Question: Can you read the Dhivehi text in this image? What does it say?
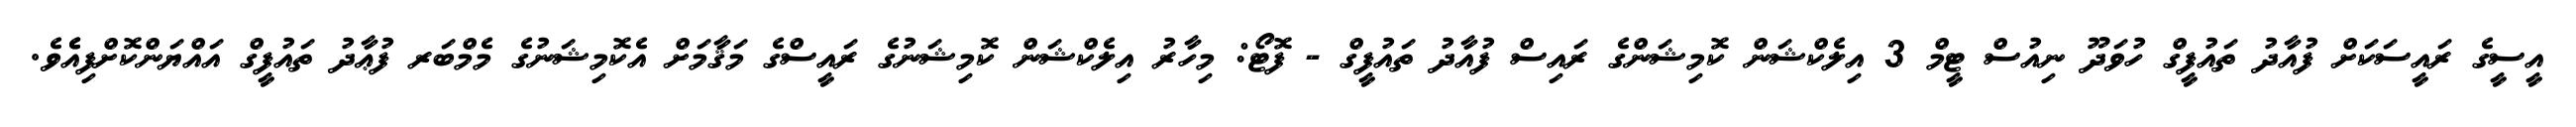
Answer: އީސީގެ ރައީސަކަށް ފުއާދު ތައުފީގް ހުވަދޫ ނިއުސް ޓީމް 3 އިލެކްޝަން ކޮމިޝަންގެ ރައިސް ފުއާދު ތައުފީގް - ފޮޓޯ: މިހާރު އިލެކްޝަން ކޮމިޝަނުގެ ރައީސްގެ މަޤާމަށް އެކޮމިޝަނުގެ މެމްބަރ ފުޢާދު ތައުފީގް އައްޔަންކޮށްފިއެެވެ.